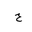
Letter: _ha